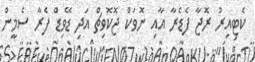
ކެޓިއިރު ރޮޖާ ފެޑެރާ އާއި ނޮވަކް ޖޮކޮވިޗް އަދި ޑޭވިޑް ފެރާ ސެމީން